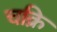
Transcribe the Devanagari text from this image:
चक्रि